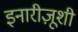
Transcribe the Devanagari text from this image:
इनारीज़ूशी